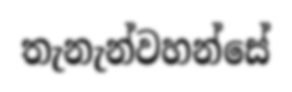
තැනැන්වහන්සේ